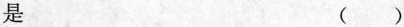
是 ()